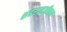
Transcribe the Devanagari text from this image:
शहरानजीकचा